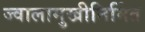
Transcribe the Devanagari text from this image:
ज्वालामुखीनिर्मित